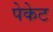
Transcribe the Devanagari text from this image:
पेकेट